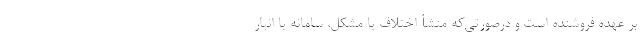
بر عهده فروشنده است و درصورتی‌که منشأ اختلاف یا مشکل، سامانه یا انبار